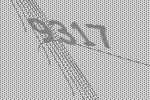
9317